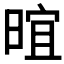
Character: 𬁁